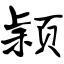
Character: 颖